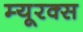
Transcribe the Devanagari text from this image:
म्यूरक्स